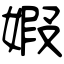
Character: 婽